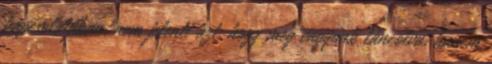
kapcsolatában, nem jelenti azt, hogy meg vagyunk láncolva, hanem